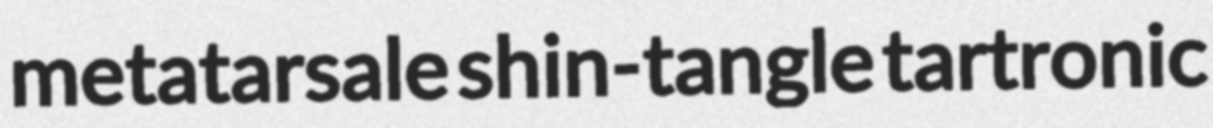
metatarsale shin-tangle tartronic